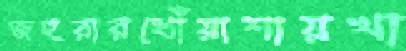
জহুরারধোঁয়াশায়খা